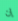
إن